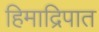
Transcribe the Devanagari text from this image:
हिमाद्रिपात